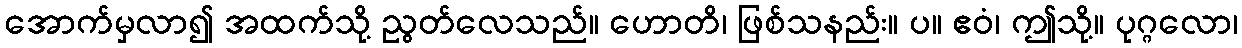
အောက်မှလာ၍ အထက်သို့ ညွတ်လေသည်။ ဟောတိ၊ ဖြစ်သနည်း။ ပ။ ဧဝံ၊ ဤသို့။ ပုဂ္ဂလော၊